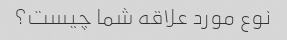
نوع مورد علاقه شما چیست؟